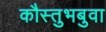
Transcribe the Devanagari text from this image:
कौस्तुभबुवा